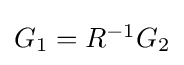
{\textstyle G_{1}=R^{-1}G_{2}}